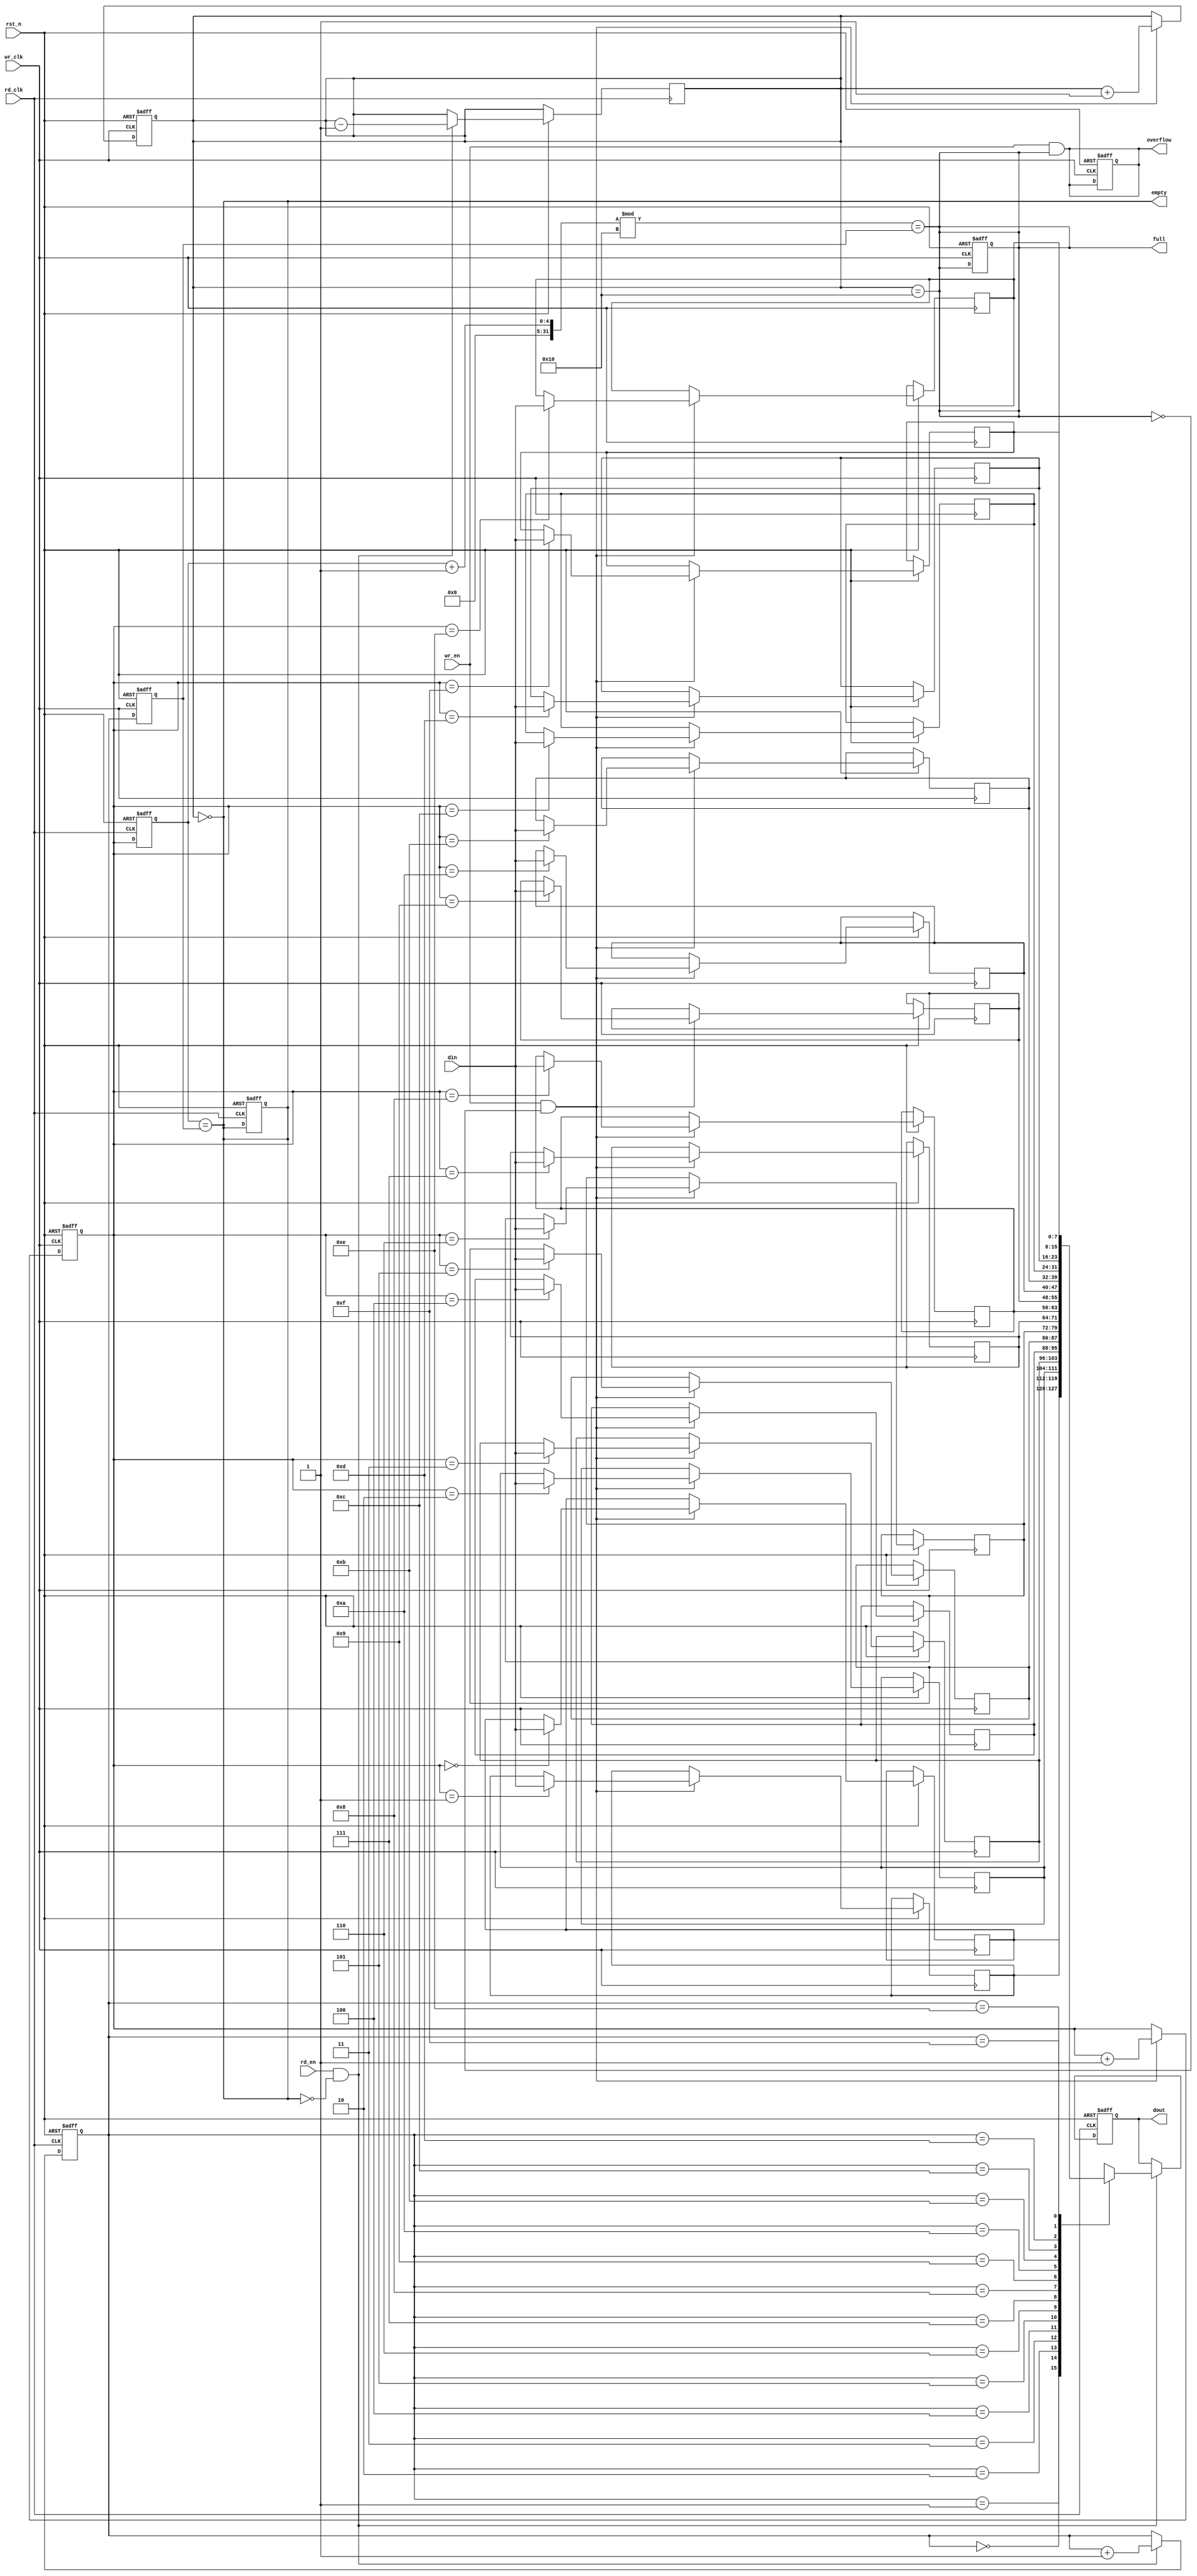
module async_fifo #(
    parameter DATA_WIDTH = 8,    // Width of the data
    parameter FIFO_DEPTH = 16     // Depth of the FIFO (must be a power of 2)
)(
    input wire wr_clk,            // Write clock
    input wire rd_clk,            // Read clock
    input wire rst_n,             // Asynchronous reset (active low)
    input wire wr_en,             // Write enable
    input wire rd_en,             // Read enable
    input wire [DATA_WIDTH-1:0] din, // Data input
    output reg [DATA_WIDTH-1:0] dout, // Data output
    output reg full,              // Full flag
    output reg empty,             // Empty flag
    output reg overflow           // Overflow flag
);

    // Memory array
    reg [DATA_WIDTH-1:0] fifo_mem [0:FIFO_DEPTH-1];

    // Pointers
    reg [3:0] wr_ptr; // Write pointer
    reg [3:0] rd_ptr; // Read pointer
    reg [4:0] count;  // Number of elements in the FIFO

    // Synchronization registers for pointers
    reg [3:0] wr_ptr_sync;
    reg [3:0] rd_ptr_sync;

    // Asynchronous reset
    always @(posedge wr_clk or negedge rst_n) begin
        if (!rst_n) begin
            wr_ptr <= 0;
            count <= 0;
            full <= 0;
            overflow <= 0;
        end else if (wr_en && !full) begin
            fifo_mem[wr_ptr] <= din; // Write data
            wr_ptr <= wr_ptr + 1;
            count <= count + 1;
        end
    end

    always @(posedge rd_clk or negedge rst_n) begin
        if (!rst_n) begin
            rd_ptr <= 0;
            dout <= 0;
            empty <= 1;
        end else if (rd_en && !empty) begin
            dout <= fifo_mem[rd_ptr]; // Read data
            rd_ptr <= rd_ptr + 1;
            count <= count - 1;
        end
    end

    // Update status flags
    always @(*) begin
        full = (count == FIFO_DEPTH);
        empty = (count == 0);
        overflow = (wr_en && full);
    end

    // Synchronize write pointer to read clock domain
    always @(posedge rd_clk or negedge rst_n) begin
        if (!rst_n) begin
            wr_ptr_sync <= 0;
        end else begin
            wr_ptr_sync <= wr_ptr;
        end
    end

    // Synchronize read pointer to write clock domain
    always @(posedge wr_clk or negedge rst_n) begin
        if (!rst_n) begin
            rd_ptr_sync <= 0;
        end else begin
            rd_ptr_sync <= rd_ptr;
        end
    end

    // Update empty and full flags based on synchronized pointers
    always @(*) begin
        full = (wr_ptr_sync + 1) % FIFO_DEPTH == rd_ptr_sync;
        empty = (wr_ptr_sync == rd_ptr_sync);
    end

endmodule